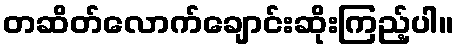
တဆိတ်လောက်ချောင်းဆိုးကြည့်ပါ။